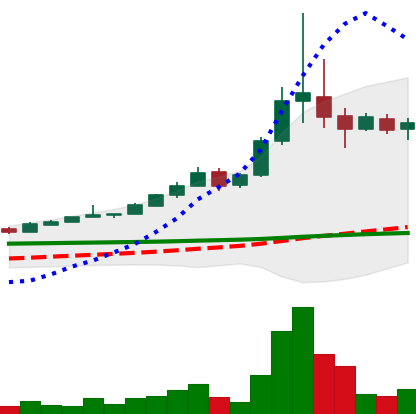
Ticker: BTC-USD
Chart end date: 2015-11-09
Forward return: -12.452%
Label: down_7plus